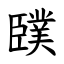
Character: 䑑